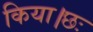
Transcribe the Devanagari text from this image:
किया।छः